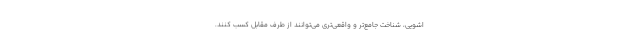
اشویی، شناخت جامع‌تر و واقعی‌تری می‌توانند از طرف مقابل کسب کنند.